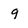
Character: 9